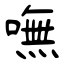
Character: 嘸